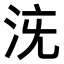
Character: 𣳌